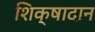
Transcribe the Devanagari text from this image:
शिक्षादान